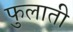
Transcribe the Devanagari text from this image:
फुलाती